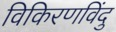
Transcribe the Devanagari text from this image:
विकिरणविंदु